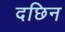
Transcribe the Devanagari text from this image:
दछिन